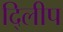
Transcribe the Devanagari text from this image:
दि्लीप